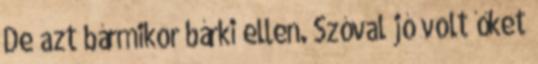
De azt bármikor bárki ellen. Szóval jó volt őket